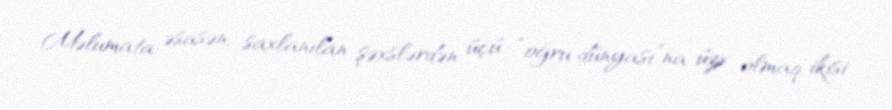
Məlumata əsasən, saxlanılan şəxslərdən üçü “oğru dünyası”na üzv olmaq, ikisi